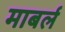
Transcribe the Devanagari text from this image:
माबर्ल